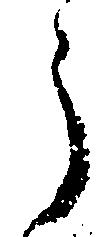
う